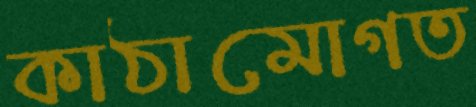
কাঠামোগত